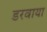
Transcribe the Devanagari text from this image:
डरवाया